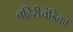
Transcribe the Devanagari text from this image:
बहिरीचंडिका